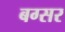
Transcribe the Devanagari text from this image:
बग्सर